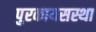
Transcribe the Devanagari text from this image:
पुरकायसस्था